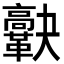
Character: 𩍯